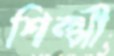
শিল্পী